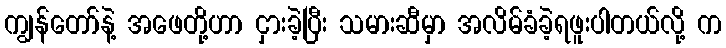
ကျွန်တော်နဲ့ အဖေတို့ဟာ ငှားခဲ့ပြီး သမားဆီမှာ အလိမ်ခံခဲ့ရဖူးပါတယ်လို့ က